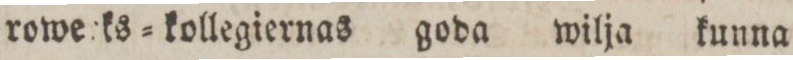
rowe???ks=kollegiernas goda wilja kunna